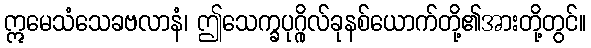
ဣမေသံသေခဗလာနံ၊ ဤသေက္ခပုဂ္ဂိုလ်ခုနစ်ယောက်တို့၏အားတို့တွင်။